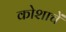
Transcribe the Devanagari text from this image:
कोशाचें